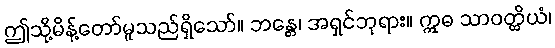
ဤသို့မိန့်တော်မူသည်ရှိသော်။ ဘန္တေ၊ အရှင်ဘုရား။ ဣဓ သာဝတ္ထိယံ၊